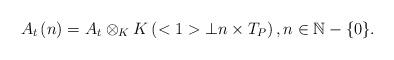
LaTeX: \begin{align*}A_{t}\left( n\right) =A_{t}\otimes _{K}K\left( <1>\bot n\times T_{P}\right),n\in \mathbb{N}-\{0\}. \end{align*}